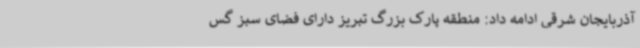
آذربایجان شرقی ادامه داد: منطقه پارک بزرگ تبریز دارای فضای سبز گس